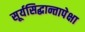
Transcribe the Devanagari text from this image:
सूर्यसिद्धान्तापेक्षा